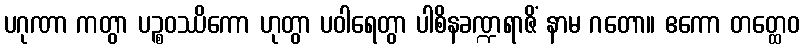
ပဂုဏာ ကတွာ ပဉ္စဝဿိကော ဟုတွာ ပဝါရေတွာ ပါစိနခဏ္ဍရာဇိံ နာမ ဂတော။ ဧကော တတ္ထေဝ